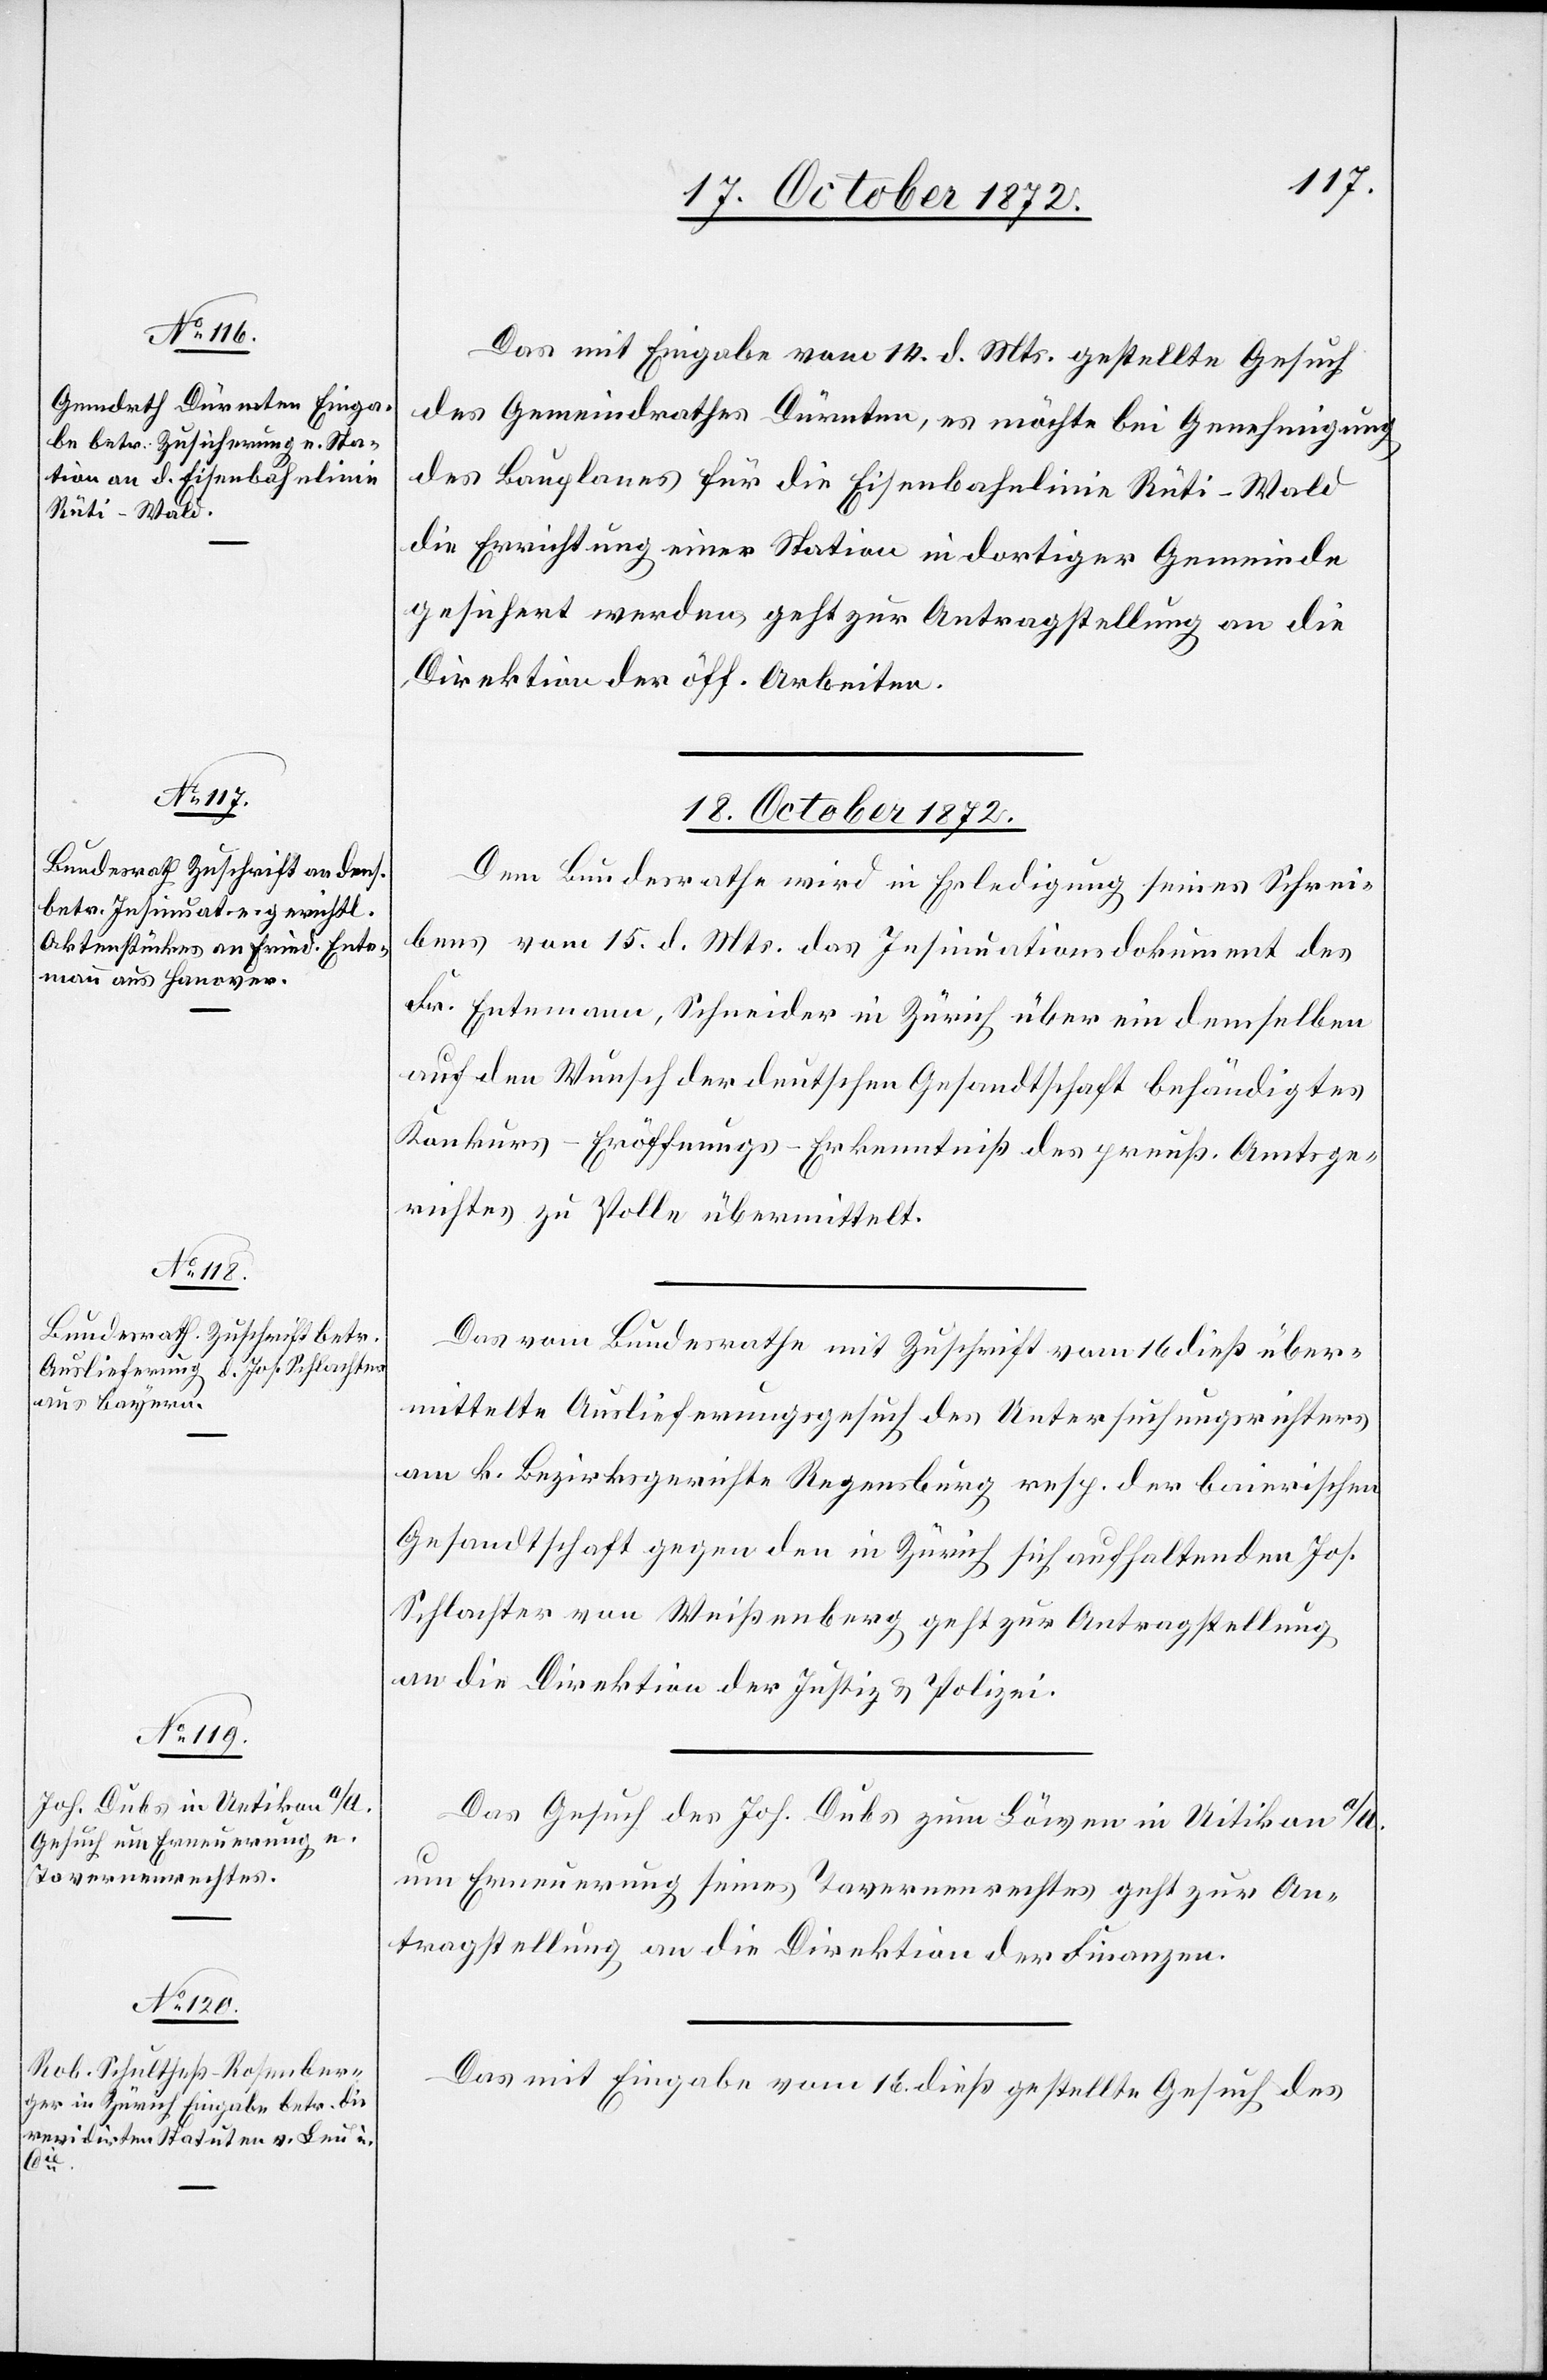
18. October 1872.]
Das mit Eingabe vom 14. d. Mts. gestellte Gesuch
des Gemeindrathes Dürnten, es möchte bei Genehmigung
des Bauplanes für die Eisenbahnlinie Rüti–Wald
die Errichtung einer Station in dortiger Gemeinde
gesichert werden geht zur Antragstellung an die
Direktion der öff. Arbeiten.
18. October 1872.
Dem Bundesrathe wird in Erledigung seines Schrei¬
bens vom 15. d. Mts. das Insinuationsdokument des
Fr. Entemann, Schneider in Zürich über ein demselben
auf den Wunsch der deutschen Gesandtschaft behändigtes
Konkurs-Eröffnungs-Erkenntniß des preuß. Amtsge¬
richtes zu Polle übermittelt.
Das vom Bundesrathe mit Zuschrift vom 16. dieß über¬
mittelte Auslieferungsgesuch des Untersuchungsrichters
am k. Bezirksgerichte Regensburg resp. der baierischen
Gesandtschaft gegen den in Zürich sich aufhaltenden Jos.
Schlachter von Weißenberg geht zur Antragstellung
an die Direktion der Justiz u. Polizei.
Das Gesuch des Joh. Dubs zum Löwen in Uitikon [sic!]
um Erneuerung seines Tavernenrechtes geht zur An¬
tragstellung an die Direktion der Finanzen.
Das mit Eingabe vom 16. dieß gestellte Gesuch des